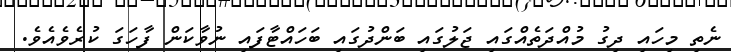
ނެތި މިހައި ދިގު މުއްދަތެއްގައި ޖަލުގައި ބަންދުގައި ބަހައްޓާފައި ނުވާކަން ފާހަގަ ކުރެވެއެވެ.